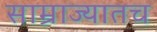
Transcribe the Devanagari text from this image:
साम्राज्यातच